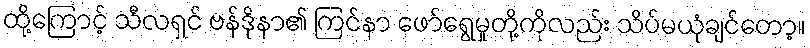
ထို့ကြောင့် သီလရှင် ဗန်ဒိုနာ၏ ကြင်နာ ဖော်ရွေမှုတို့ကိုလည်း သိပ်မယုံချင်တော့။